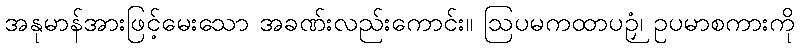
အနုမာန်အားဖြင့်မေးသော အခဏ်းလည်းကောင်း။ ဩပမကထာပဉှံ၊ ဥပမာစကားကို